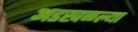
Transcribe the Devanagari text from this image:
अडखळल्या